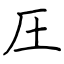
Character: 圧